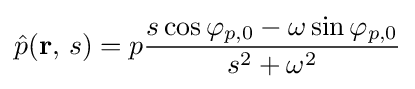
{\hat {p}}(\mathbf {r} ,\,s)=p{\frac {s\cos \varphi _{p,0}-\omega \sin \varphi _{p,0}}{s^{2}+\omega ^{2}}}